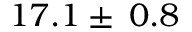
1 7 . 1 \pm \: 0 . 8